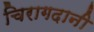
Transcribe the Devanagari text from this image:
चिरागदानी